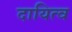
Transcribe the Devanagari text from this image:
दायित्‍व